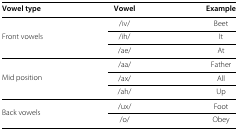
<table><thead><tr><td><b>Vowel type</b></td><td><b>Vowel</b></td><td><b>Example</b></td></tr></thead><tbody><tr><td></td><td>/iv/</td><td>Beet</td></tr><tr><td>Front vowels</td><td>/ih/</td><td>It</td></tr><tr><td></td><td>/ae/</td><td>At</td></tr><tr><td></td><td>/aa/</td><td>Father</td></tr><tr><td>Mid position</td><td>/ax/</td><td>All</td></tr><tr><td></td><td>/ah/</td><td>Up</td></tr><tr><td rowspan="2">Back vowels</td><td>/ux/</td><td>Foot</td></tr><tr><td>/o/</td><td>Obey</td></tr></tbody></table>